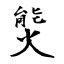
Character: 熋